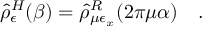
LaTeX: \hat { \rho } _ { \epsilon } ^ { H } ( \beta ) = \hat { \rho } _ { \mu \epsilon _ { x } } ^ { R } ( 2 \pi \mu \alpha ) ~ ~ ~ .